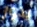
يدور